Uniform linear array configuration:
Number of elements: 48
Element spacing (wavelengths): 0.25
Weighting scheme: hann
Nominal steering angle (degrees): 30
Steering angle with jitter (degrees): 31.693
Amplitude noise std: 0.05
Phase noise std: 0.05

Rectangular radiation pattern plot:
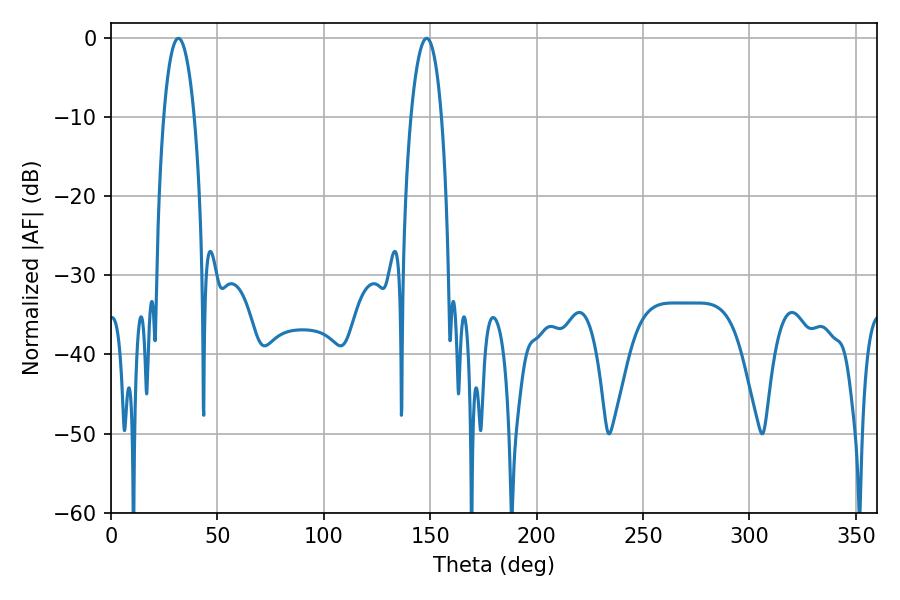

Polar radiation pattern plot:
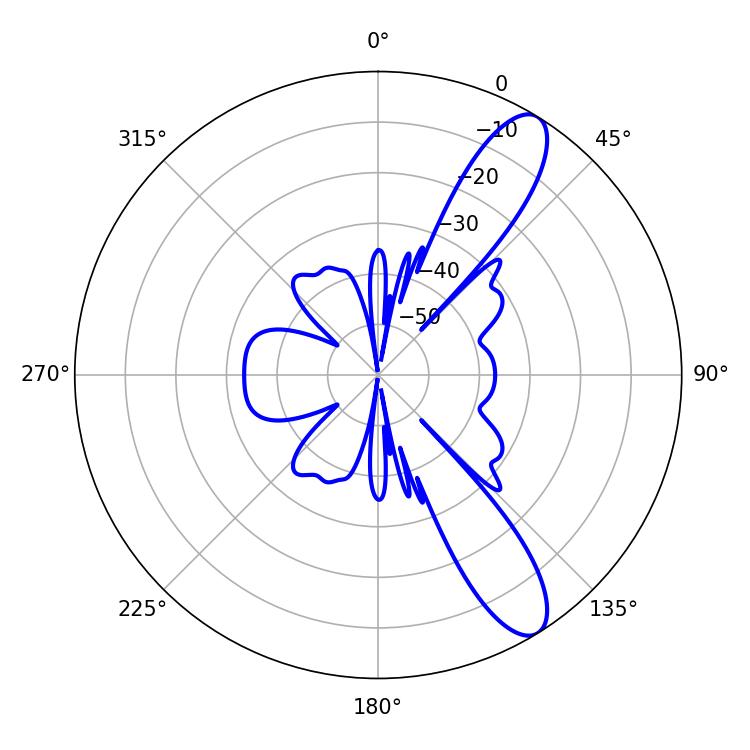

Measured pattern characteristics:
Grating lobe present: FALSE
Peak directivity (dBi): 11.04
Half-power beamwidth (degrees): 8.1
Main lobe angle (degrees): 31.68